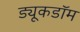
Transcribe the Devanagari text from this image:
ड्यूकडॉम